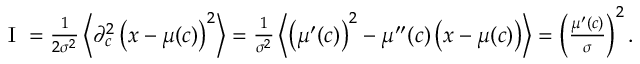
\begin{array} { r } { \mathrm { ~ I ~ } = \frac { 1 } { 2 \sigma ^ { 2 } } \left\langle \partial _ { c } ^ { 2 } \left( x - \mu ( c ) \right) ^ { 2 } \right\rangle = \frac { 1 } { \sigma ^ { 2 } } \left\langle \left( \mu ^ { \prime } ( c ) \right) ^ { 2 } - \mu ^ { \prime \prime } ( c ) \left( x - \mu ( c ) \right) \right\rangle = \left( \frac { \mu ^ { \prime } ( c ) } { \sigma } \right) ^ { 2 } . } \end{array}